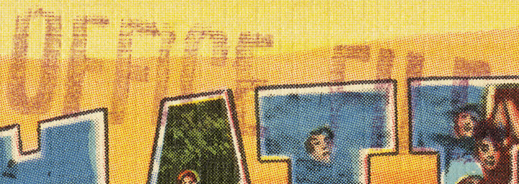
OFFICE FILE